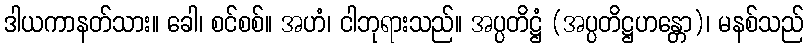
ဒါယကာနတ်သား။ ခေါ၊ စင်စစ်။ အဟံ၊ ငါဘုရားသည်။ အပ္ပတိဋ္ဌံ (အပ္ပတိဋ္ဌဟန္တော)၊ မနစ်သည်